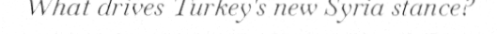
What drives Turkey's new Syria stance?